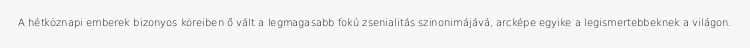
A hétköznapi emberek bizonyos köreiben ő vált a legmagasabb fokú zsenialitás szinonimájává, arcképe egyike a legismertebbeknek a világon.